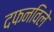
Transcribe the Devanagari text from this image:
दफनविले